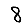
Digit: 8